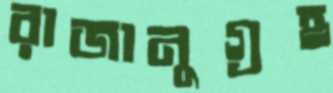
রাজানুগ্রহ